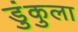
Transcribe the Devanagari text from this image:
डुंकुला